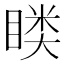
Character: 𭿎